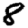
Digit: 8